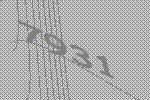
7931